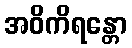
အဝိကိရန္တော